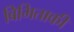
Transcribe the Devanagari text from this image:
बिभिताकी